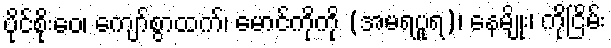
ပိုင်စိုးဝေ၊ ကျော်စွာထက်၊ မောင်ကိုကို (အမရပူရ)၊ နေမျိုး၊ ကိုငြိမ်း